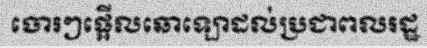
ចោរៗផ្អើលឆោឡោដល់ប្រជាពលរដ្ឋ